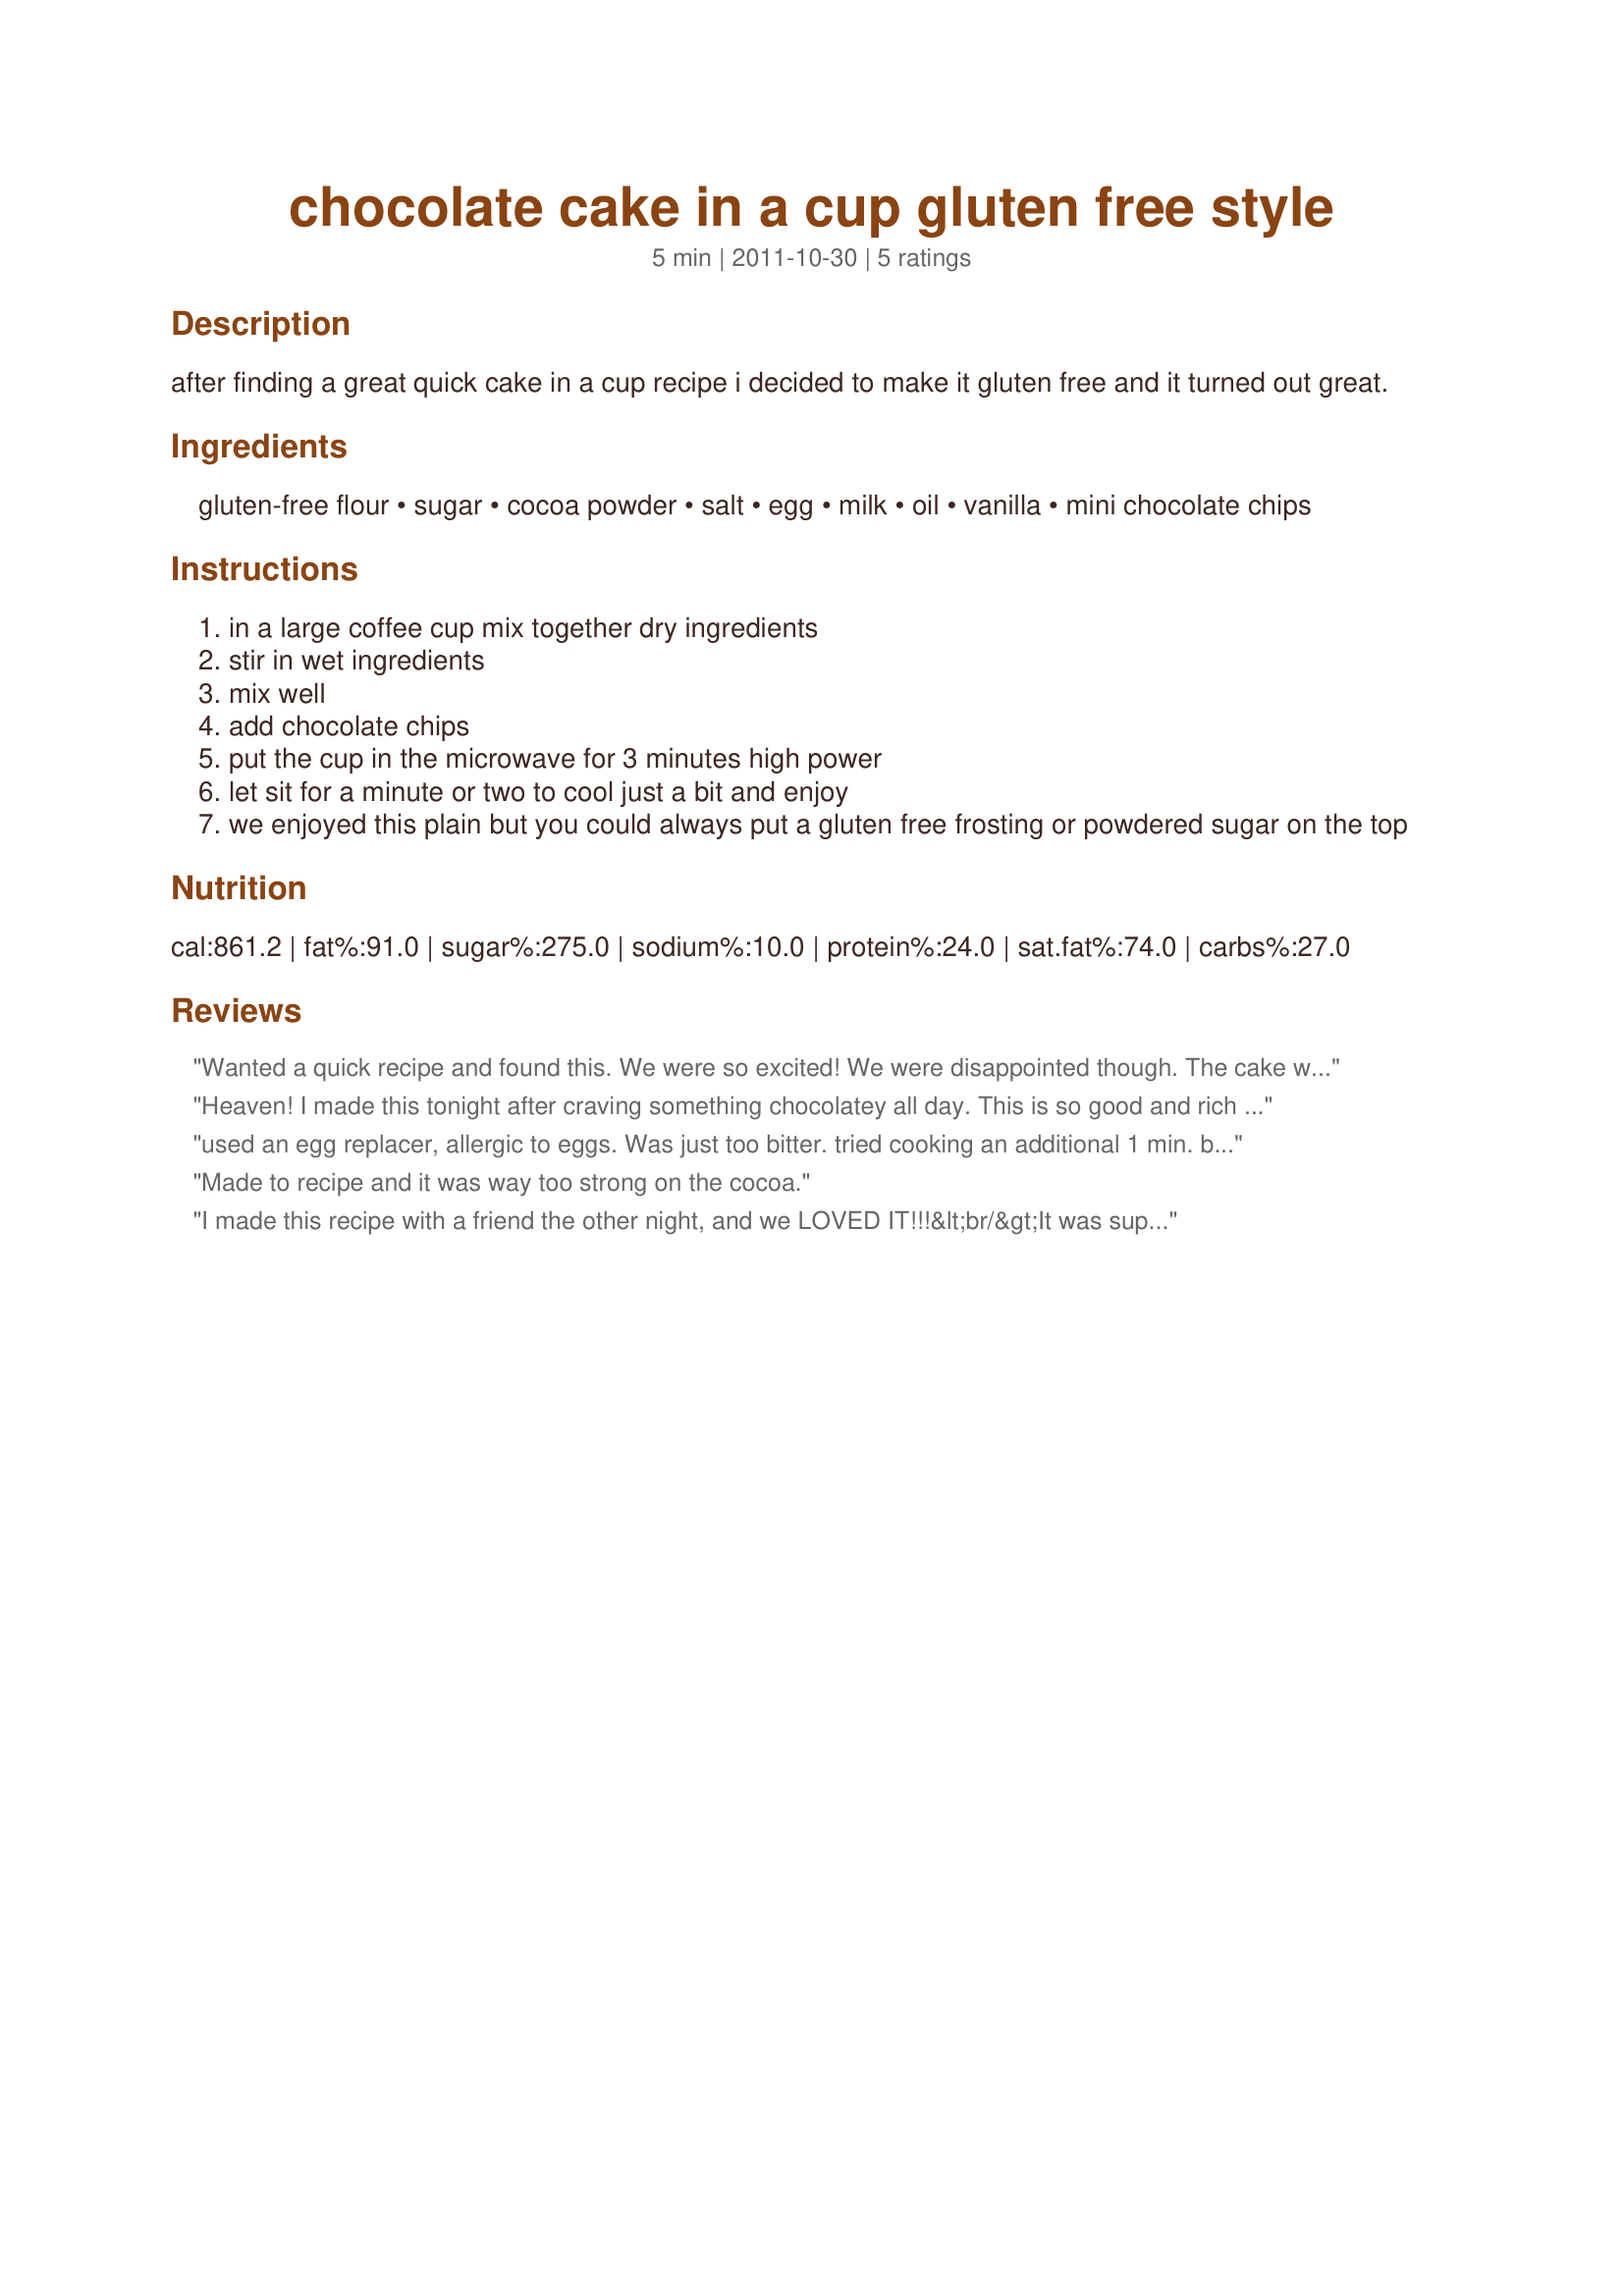
chocolate cake in a cup gluten free style
Preparation time: 5 minutes

after finding a great quick cake in a cup recipe i decided to make it gluten free and it turned out great.

Ingredients:
gluten-free flour, sugar, cocoa powder, salt, egg, milk, oil, vanilla, mini chocolate chips

Steps:
in a large coffee cup mix together dry ingredients
stir in wet ingredients
mix well
add chocolate chips
put the cup in the microwave for 3 minutes high power
let sit for a minute or two to cool just a bit and enjoy
we enjoyed this plain but you could always put a gluten free frosting or powdered sugar on the top

Reviews:
Wanted a quick recipe and found this. We were so excited! We were disappointed though. The cake was very spongy and had a bitter taste. But, adding more chocolate chips definitely made it taste better. Next time, I would use a pinch of baking powder to lift it. Not sure why it was so spongy, maybe the gluten free flour?
Heaven! I made this tonight after craving something chocolatey all day. This is so good and rich and super chocolatey, reminds me more of a really good brownie. I made it in a single serve baking dish instead of a coffee cup and it's huge! This one will be a favorite go-to sweet tooth emergency dessert for me. Thanks for sharing the recipe Chef, I am highly appreciative!
used an egg replacer, allergic to eggs. Was just too bitter. tried cooking an additional 1 min. because too mushy 1/2 way through. Maybe the egg replacer made it that way. I feel like it was a waist of ingredients.
Made to recipe and it was way too strong on the cocoa.
I made this recipe with a friend the other night, and we LOVED IT!!!&lt;br/&gt;It was super quick, super easy, and DELICIOUS!!!!&lt;br/&gt;It was so chocolatey, a bit like the cousin of chocolate pudding :)&lt;br/&gt;We LOVED it, and we reccomend it to anyone who likes chocolate!!!
